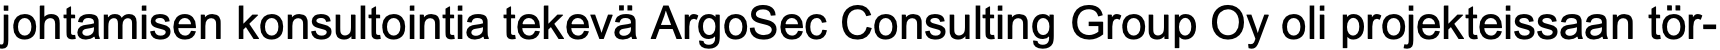
johtamisen konsultointia tekevä ArgoSec Consulting Group Oy oli projekteissaan tör-